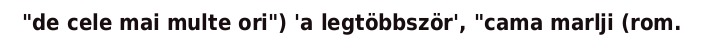
"de cele mai multe ori") 'a legtöbbször', "cama marlji (rom.